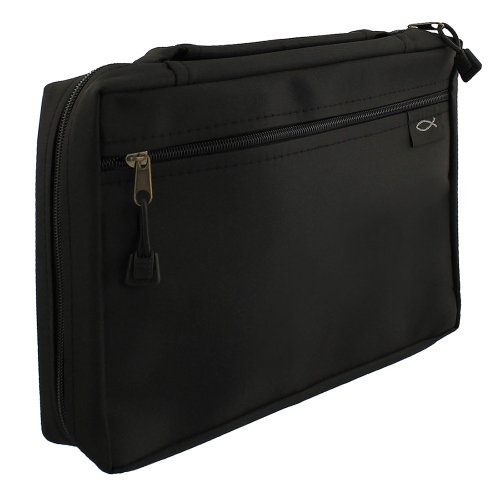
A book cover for Micro-Fiber Bible / Book Cover w/Fish Tag (Medium, Black); Christian Books & Bibles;